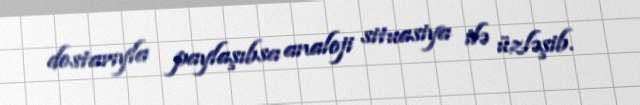
dostarıyla paylaşıbsa analoji situasiya ilə üzləşib.